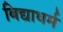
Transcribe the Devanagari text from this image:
बिद्याधर्म